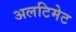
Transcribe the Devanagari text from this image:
अलटिमेट